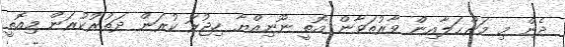
ދެން މި މަރްޙަލާއިން ވާރުތަވާން އޮތީ ނޫނިއްޔާ ހިޖުރަ ކުރަން ދަތުރުކުރަން މިއޮތީ